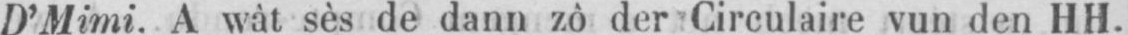
D’Mimi. A wât sès de dann zô der Circulaire vun den HH.